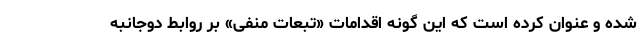
شده و عنوان کرده است که این گونه اقدامات «تبعات منفی» بر روابط دوجانبه